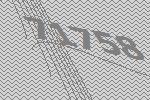
71758